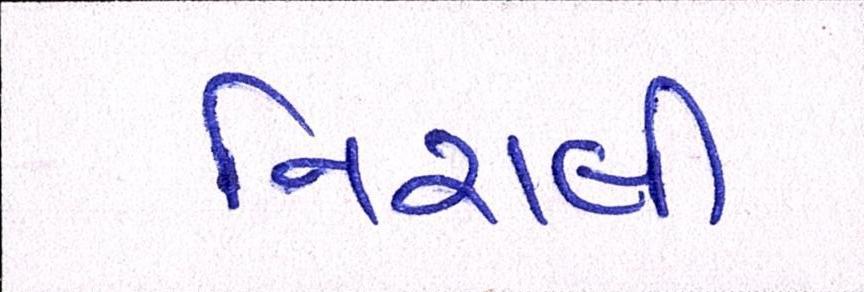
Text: નિરાલી